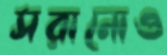
সরানোও